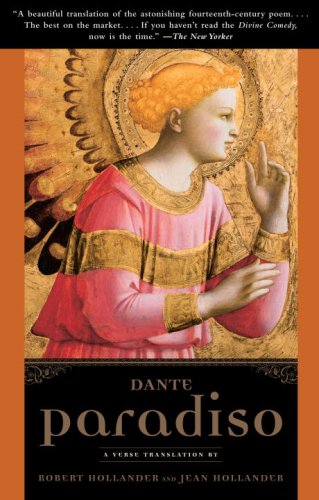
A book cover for Paradiso; Dante; Literature & Fiction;